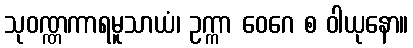
သုဝဏ္ဏကာရမူသာယံ၊ ဥက္ကာ ဝေဂေ စ ဝါယုနော။